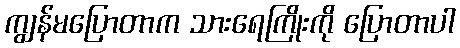
ကျွန်မပြောတာက သားရေကြိုးကို ပြောတာပါ